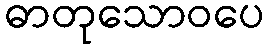
ဓာတုသောဝပေ